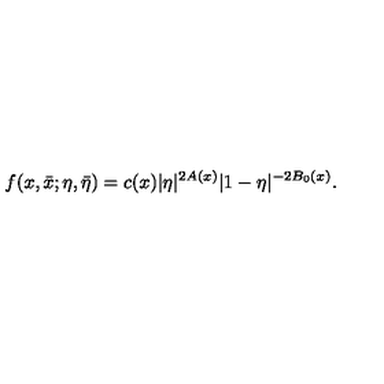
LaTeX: f ( x , \bar { x } ; \eta , \bar { \eta } ) = c ( x ) | \eta | ^ { 2 A ( x ) } | 1 - \eta | ^ { - 2 B _ { 0 } ( x ) } .